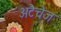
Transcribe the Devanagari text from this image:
अटैचेज